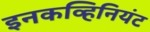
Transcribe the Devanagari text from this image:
इनकव्हिनियंट